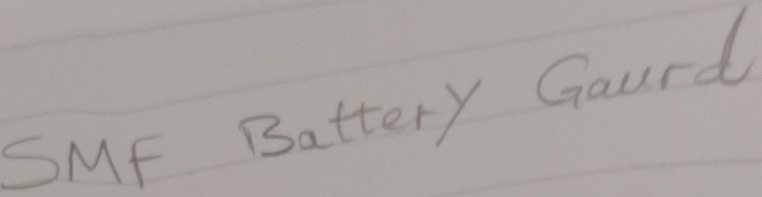
Text: SMF Battery Gaurd